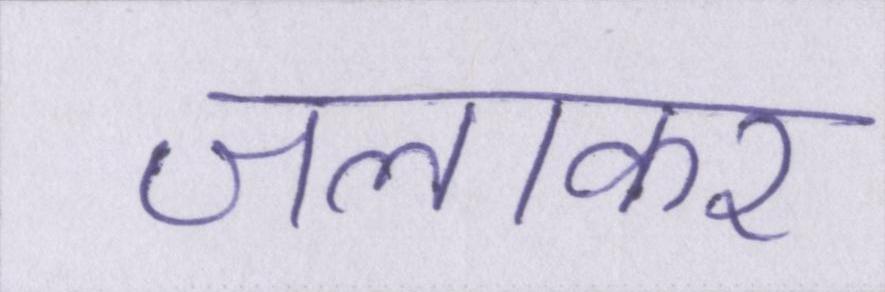
जलाकर